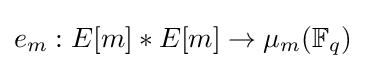
e_{m}:E[m]*E[m]\rightarrow \mu _{m}(\mathbb {F} _{q})